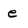
Character: e